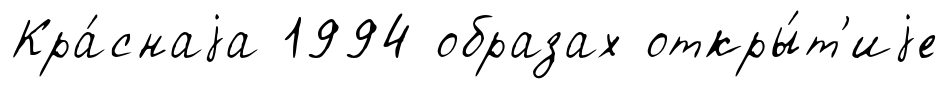
Кра́снаjа 1994 образах откры́т'иjе